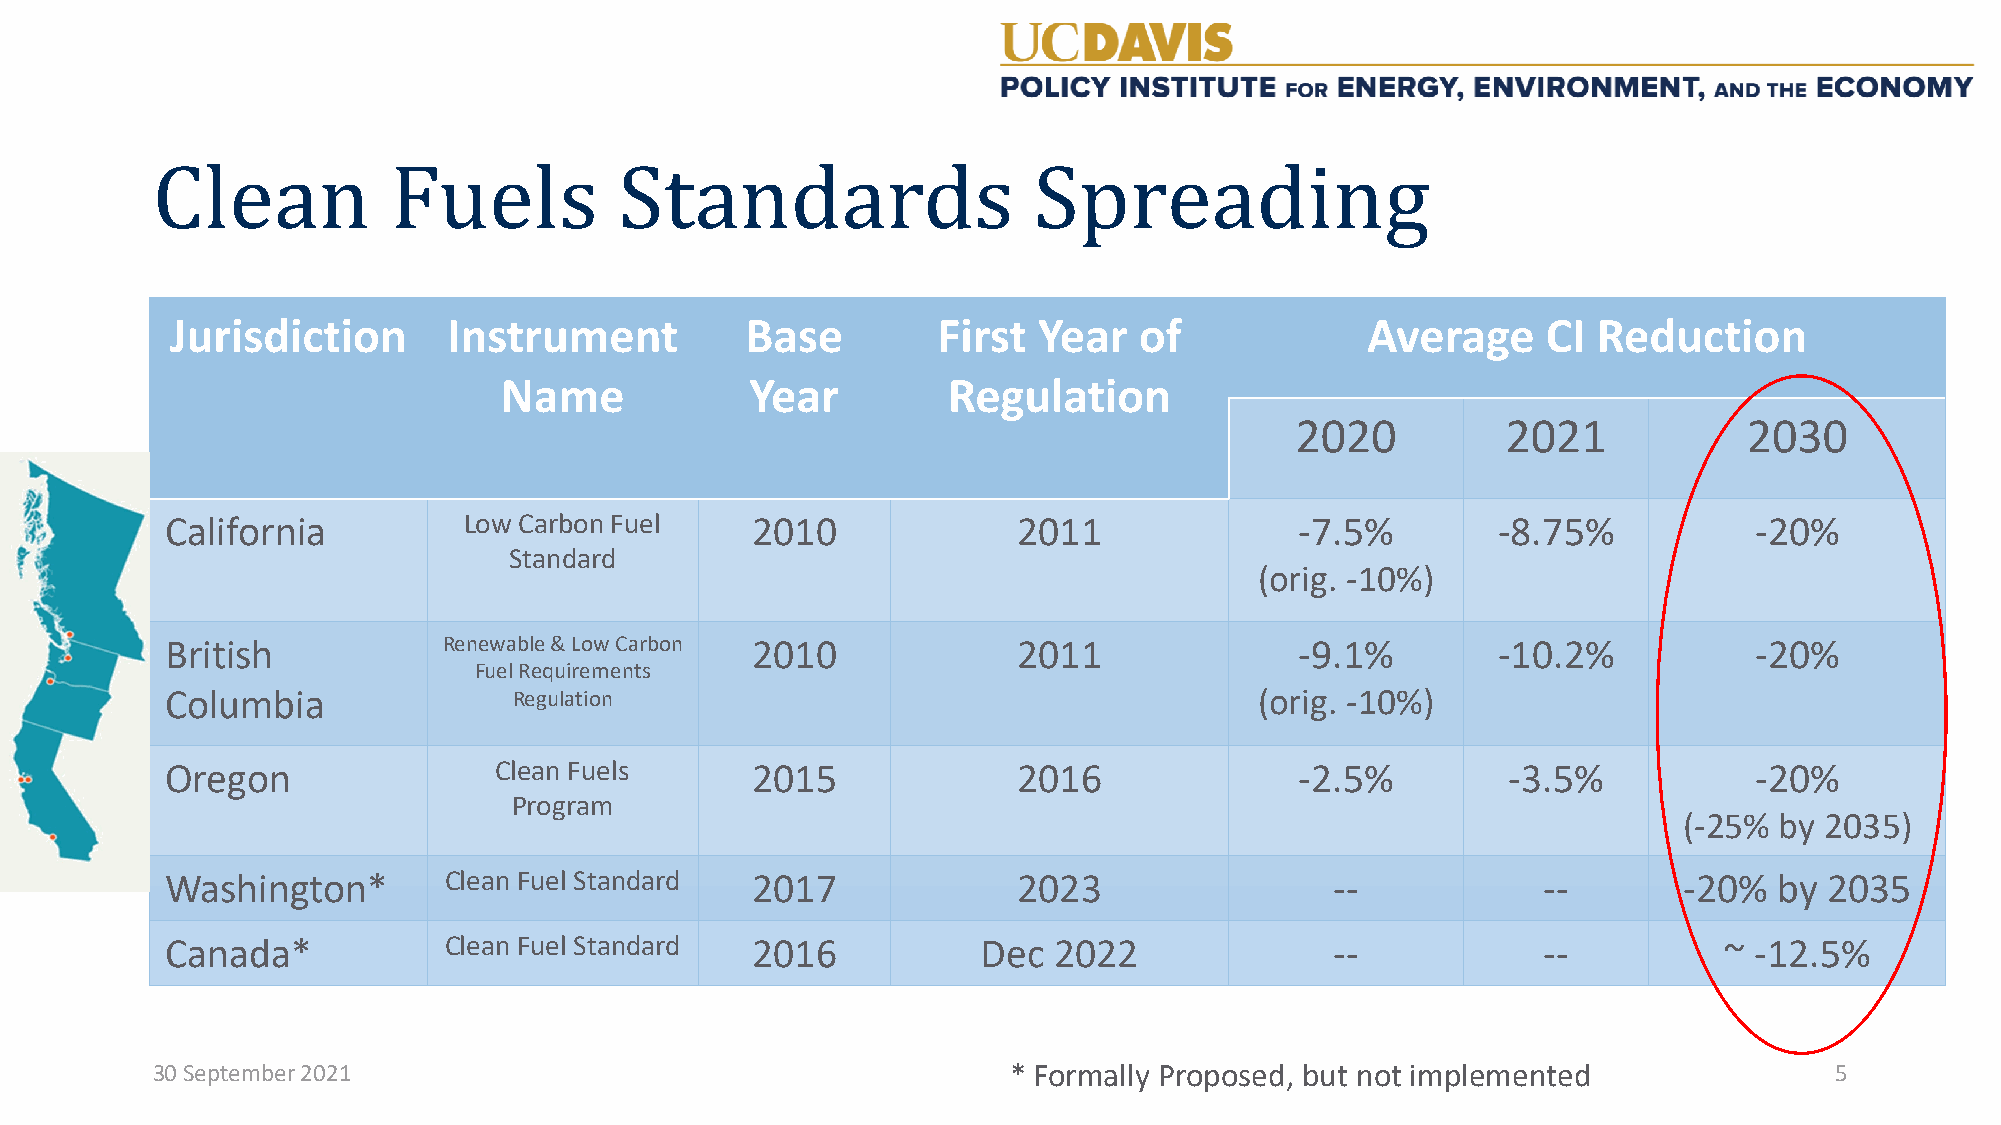
Jurisdiction       Instrument         Base         First  Year  of             Average     CI  Reduction
 Clean           Fuels          Standards                  Spreading
 Name             Year         Regulation
 2020          2021            2030
 California          Low Carbon Fuel    2010             2011               -7.5%        -8.75%           -20%
 Standard
 (orig. -10%)
 British           Renewable & Low Carbon 2010           2011               -9.1%        -10.2%           -20%
 Fuel Requirements
 Columbia               Regulation                                       (orig. -10%)
 Oregon                Clean Fuels      2015             2016               -2.5%         -3.5%           -20%
 Program
 (-25%  by 2035)
 Washington*       Clean Fuel Standard  2017             2023                 --            --       -20%   by 2035
 Canada*           Clean Fuel Standard  2016           Dec  2022              --            --          ~ -12.5%
 30 September 2021                                        * Formally Proposed, but not implemented              5